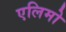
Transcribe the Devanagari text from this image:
एलिमो